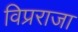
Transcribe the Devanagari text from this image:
विप्रराजा